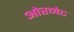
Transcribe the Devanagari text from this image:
ओरनेट